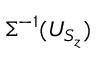
\Sigma ^ { - 1 } ( U _ { S _ { z } } )